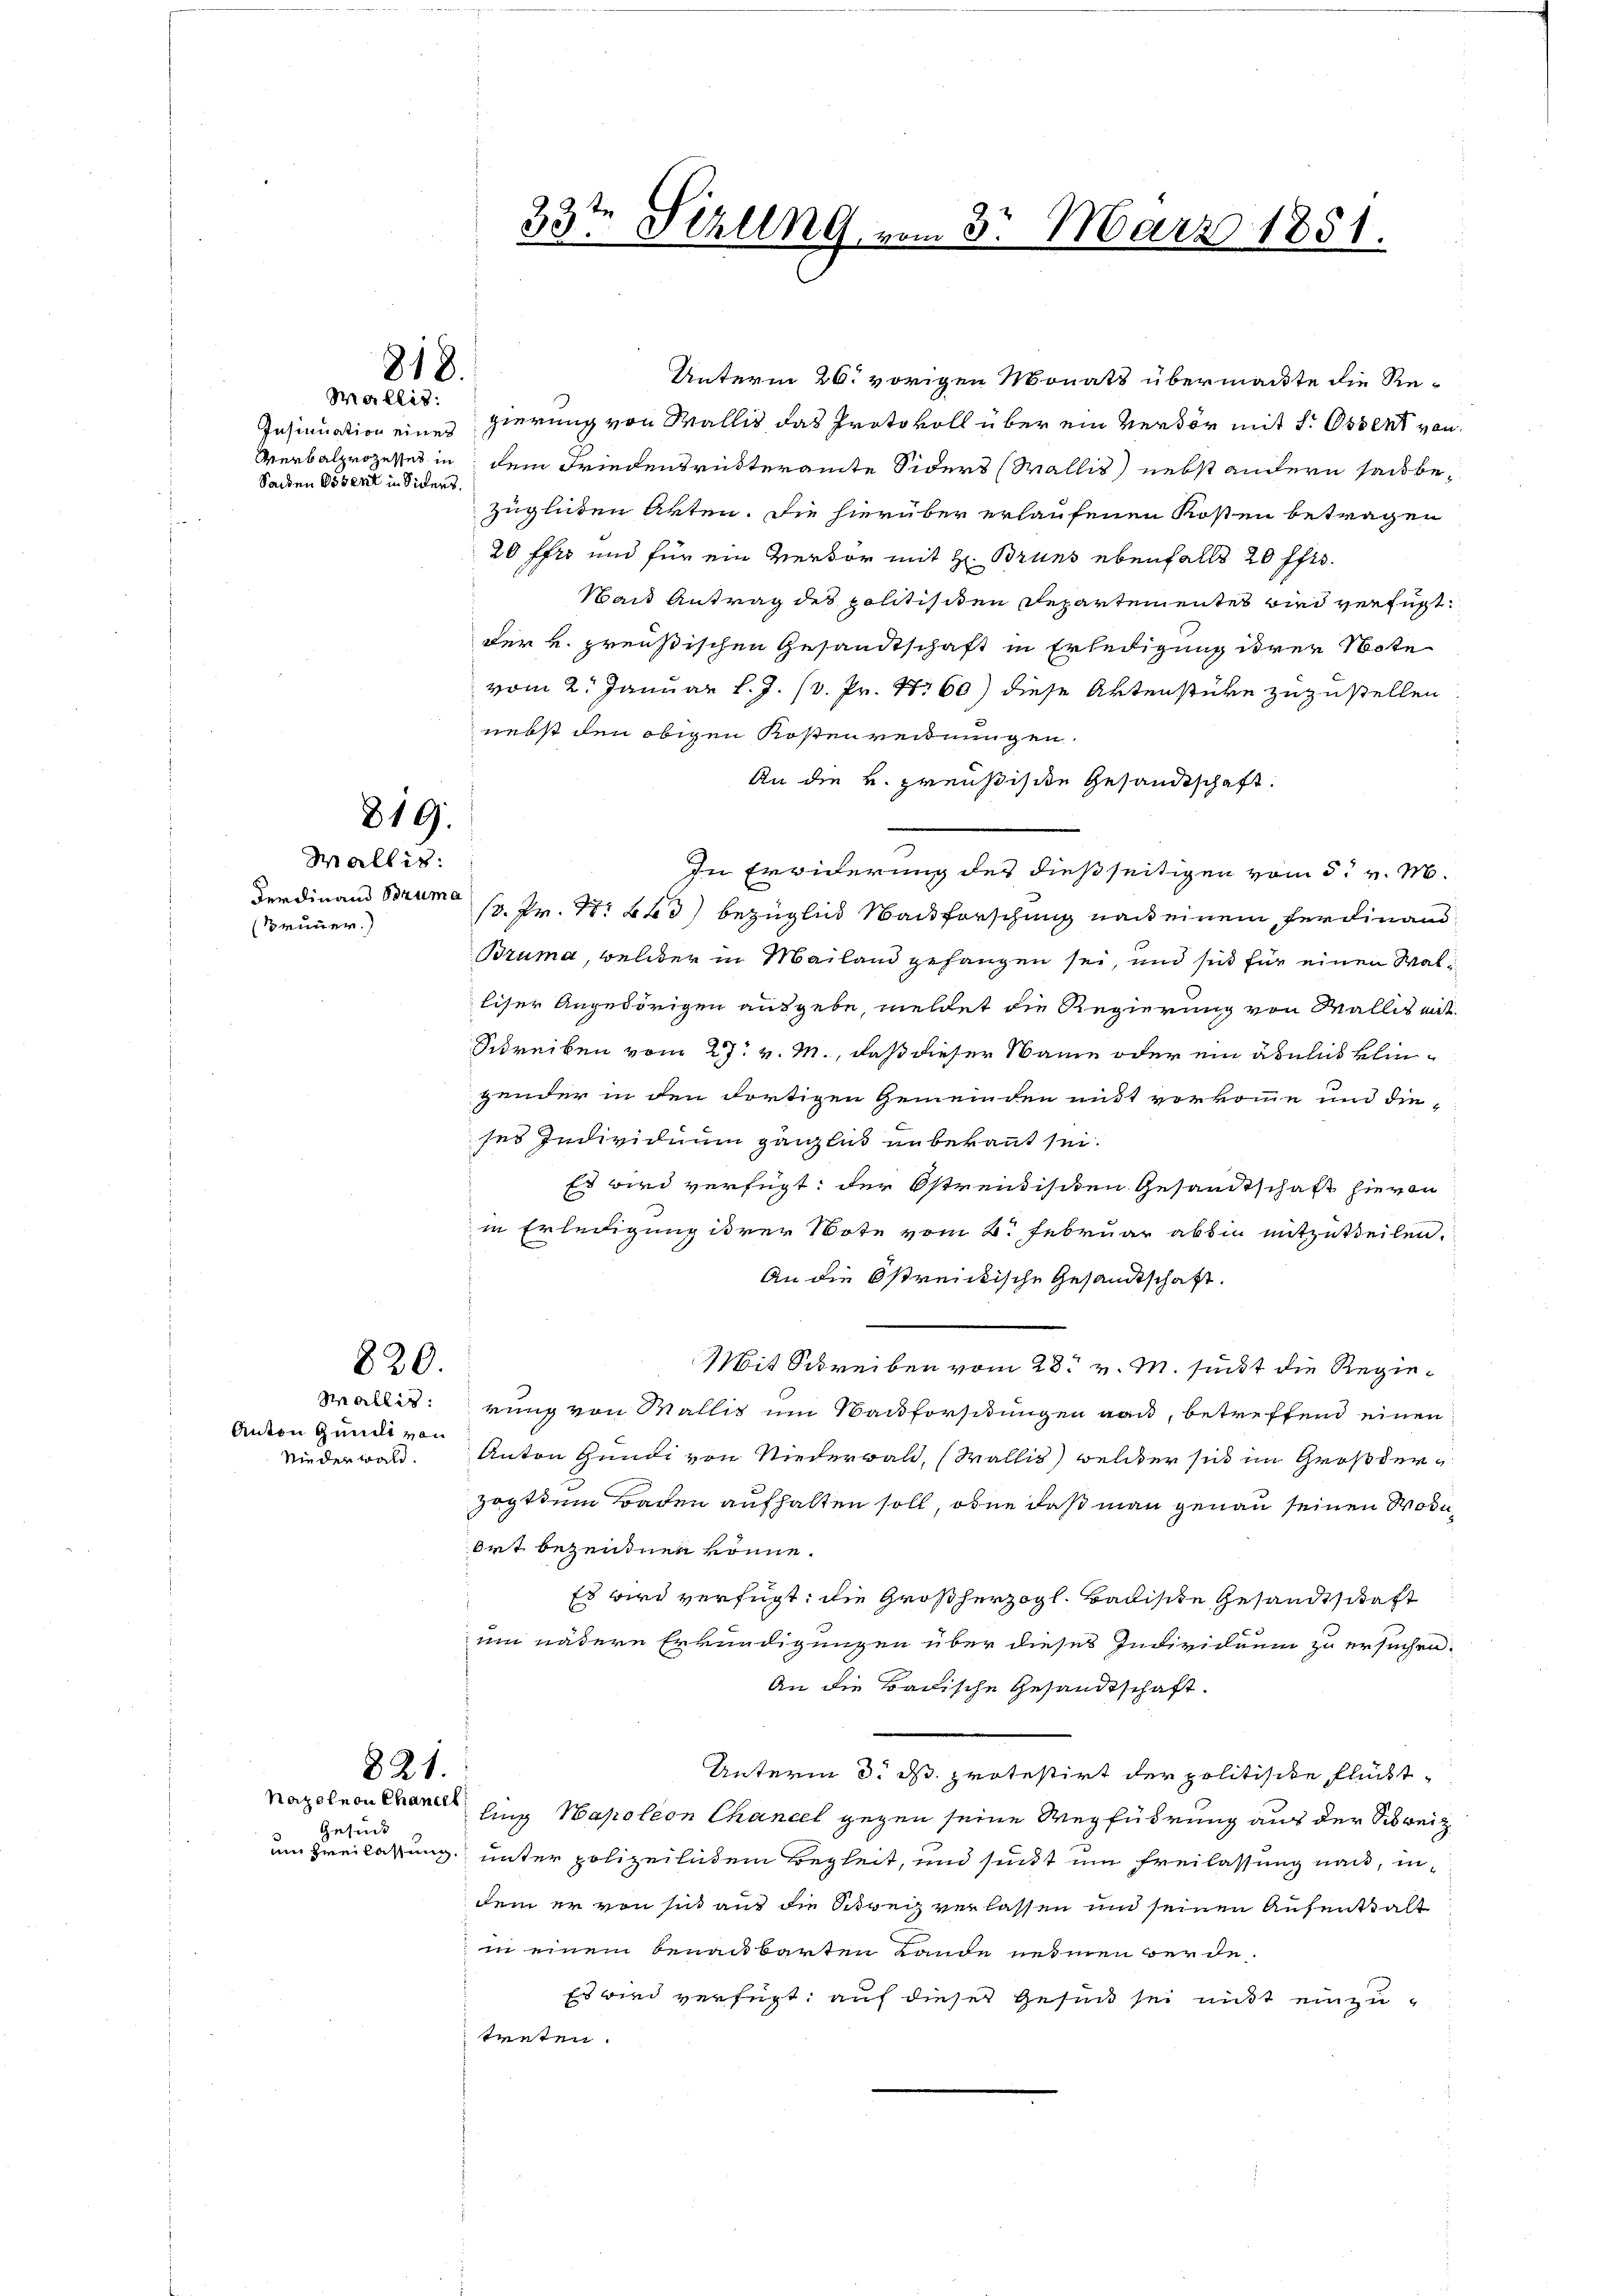
Sachen Posent in Siders.

818.
Wallis:

819.
Wallis:
Ferdinand Bruma
(Brunner.)

820.

Anton Gunst von
Nieder ward.

821.
Nazelnen Chancel

Gesuch

33te Serung vom 3. März 1851.

Unterm 26. vorigen Monats übermachte die Re-
Insinuation eines gierung von Wallis das Protokoll über ein verdör mit dr Ostent von
Werbalprozesses in dem Friedensritteramte Siders (Wallis) nebst andern saubezugleiten Akten. Die hierüber erlaufenen Kosten betragen
20 ffre und für ein Vervor mit H. Bruns ebenfalls 20 ff.
sait Antrag des politisiten Departementes wird verfügt:
der u. preußischen Gesandtschaft in Erledigung ihrer Note
vom 2. Januar l. J. (v. Pr. No 60) diese Aktenstüke zuzustellen
nebst den obigen Kostenreidnungen.
An die v. Preußische Gesandtschaft.
In Erwiderung des dießseitigen vom 5. v. M.
s. Pr. No 223) bezüglich Nachforschung nach einem Ferdinand
Bruma, welcher in Mailand gefangen sei, und sich für einen Walliser Angehörigen ausgebe, meldet die Regierung von Malles mit
Schreiben vom 27. v. M., daß dieser Name oder ein ähnlich klinzender in den dortigen Gemeinden mit vorkomme und dieses Individuum gänzlich unbekannt sei.
Es wird verfügt: der Ostrendischen Gesandtschaft hievon
in Erledigung ihrer Note vom 2. Februar abbin mitzutheilen.
An die streickische Gesandtschaft.
Mit Schreiben vom 28. v. M. sicht die Regie¬
Wallis: rung von Wallis um Nachforstungen aus, betreffend einen
Anton Gundi von Niederwald, (Wallis) welcher sich im Großderzogthum Baden aufhalten soll, ohne daß man genau seinen Modi¬
Ort bezeugnen könne.
Es wird verfügt: die Großherzogl. Badische Gesandtschaft
um nähere Erkundigungen über dieses Individuum zu ersuchen.
An die Badische Gesandtschaft.
Unterm 3. ds. protestirt der politische flückt
ling Napoleon Chancel gegen seine Wegführung aus der Schweiz
um Zweilassung unter polizeilichem Begleit, und sindt um Freilassung nach, in
dem er von sind auf die Schweiz verlassen und seinen Aufenthalt
in einem benachbarten Lande nehmen werde.
Es wird verfügt: auf dieses Gesind sei nicht einzutenten.